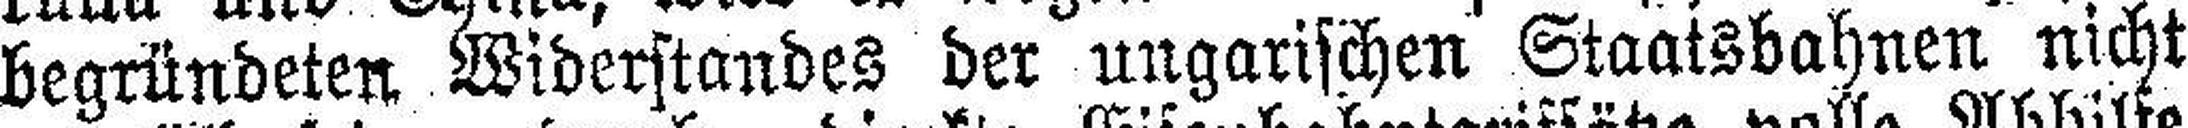
begründeten Widerstandes der ungarischen Staatsbahnen nicht